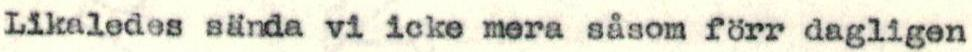
Likaledes sända vi icke mera såsom förr dagligen